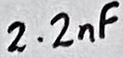
Text: 2.2nF